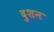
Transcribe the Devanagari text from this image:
दुशन